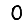
Digit: 0